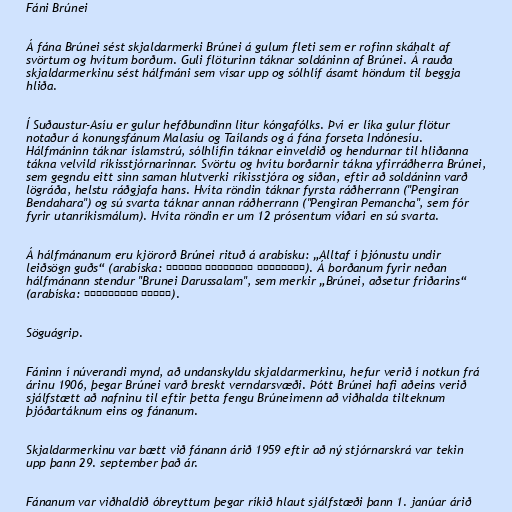
Fáni Brúnei

Á fána Brúnei sést skjaldarmerki Brúnei á gulum fleti sem er rofinn skáhalt af
svörtum og hvítum borðum. Guli flöturinn táknar soldáninn af Brúnei. Á rauða
skjaldarmerkinu sést hálfmáni sem vísar upp og sólhlíf ásamt höndum til beggja
hliða.

Í Suðaustur-Asíu er gulur hefðbundinn litur kóngafólks. Því er líka gulur flötur
notaður á konungsfánum Malasíu og Taílands og á fána forseta Indónesíu.
Hálfmáninn táknar íslamstrú, sólhlífin táknar einveldið og hendurnar til hliðanna
tákna velvild ríkisstjórnarinnar. Svörtu og hvítu borðarnir tákna yfirráðherra Brúnei,
sem gegndu eitt sinn saman hlutverki ríkisstjóra og síðan, eftir að soldáninn varð
lögráða, helstu ráðgjafa hans. Hvíta röndin táknar fyrsta ráðherrann ("Pengiran
Bendahara") og sú svarta táknar annan ráðherrann ("Pengiran Pemancha", sem fór
fyrir utanríkismálum). Hvíta röndin er um 12 prósentum víðari en sú svarta.

Á hálfmánanum eru kjörorð Brúnei rituð á arabísku: „Alltaf í þjónustu undir
leiðsögn guðs“ (arabíska: الدائمون المحسنون بالهدى). Á borðanum fyrir neðan
hálfmánann stendur "Brunei Darussalam", sem merkir „Brúnei, aðsetur friðarins“
(arabíska: بروني دارالسلام‎).

Söguágrip.

Fáninn í núverandi mynd, að undanskyldu skjaldarmerkinu, hefur verið í notkun frá
árinu 1906, þegar Brúnei varð breskt verndarsvæði. Þótt Brúnei hafi aðeins verið
sjálfstætt að nafninu til eftir þetta fengu Brúneimenn að viðhalda tilteknum
þjóðartáknum eins og fánanum.

Skjaldarmerkinu var bætt við fánann árið 1959 eftir að ný stjórnarskrá var tekin
upp þann 29. september það ár.

Fánanum var viðhaldið óbreyttum þegar ríkið hlaut sjálfstæði þann 1. janúar árið